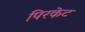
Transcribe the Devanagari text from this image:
पिरकेट